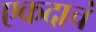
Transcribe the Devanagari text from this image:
एकदाचं